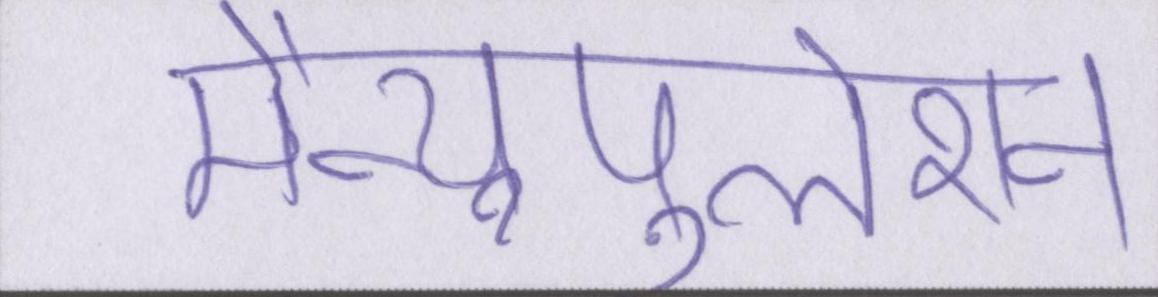
मैन्युपुलेशन